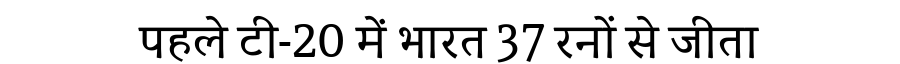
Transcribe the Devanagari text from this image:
पहले टी-20 में भारत 37 रनों से जीता